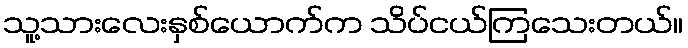
သူ့သားလေးနှစ်ယောက်က သိပ်ငယ်ကြသေးတယ်။